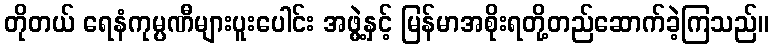
တိုတယ် ရေနံကုမ္ပဏီများပူးပေါင်း အဖွဲ့နှင့် မြန်မာအစိုးရတို့တည်ဆောက်ခဲ့ကြသည်။